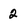
Character: 2